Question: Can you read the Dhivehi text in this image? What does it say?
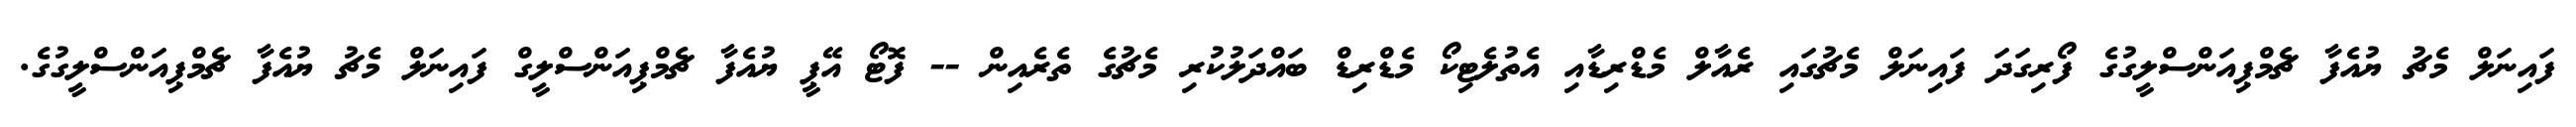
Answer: ފައިނަލް މެޗު ޔުއެފާ ޗެމްޕިއަންސްލީގުގެ ފޯރިގަދަ ފައިނަލް މެޗުގައި ރެއާލް މެޑްރިޑާއި އެތުލެޓިކޯ މެޑްރިޑް ބައްދަލުކުރި މެޗުގެ ތެރެއިން -- ފޮޓޯ އޭޕީ ޔުއެފާ ޗެމްޕިއަންސްލީގް ފައިނަލް މެޗު ޔުއެފާ ޗެމްޕިއަންސްލީގުގެ.